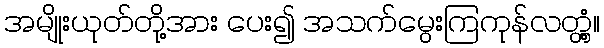
အမျိုးယုတ်တို့အား ပေး၍ အသက်မွေးကြကုန်လတ္တံ့။